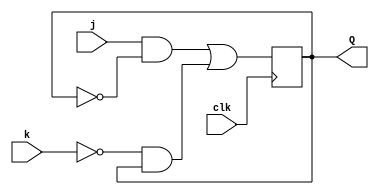
module top_module (
    input clk,
    input j,
    input k,
    output Q); 

    always @(posedge clk)
        Q<=((j&~Q)|(~k&Q)); //characteristic equation of jk ff
    
endmodule